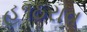
હ૧ઠરાવ